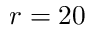
r = 2 0